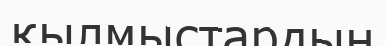
қылмыстардың